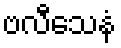
ဗလီသေနံ